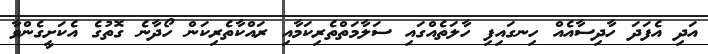
އަދި އެފަދަ ހާދިސާއެއް ހިނގައިފި ހާލަތެއްގައި ސަލާމަތްތެރިކަމާއި ރައްކާތެރިކަން ހޯދާނެ ގޮތުގެ އެކަށީގެންވާ